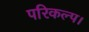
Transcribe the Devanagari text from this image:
परिकल्प।